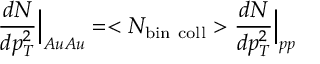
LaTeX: { \frac { d N } { d p _ { T } ^ { 2 } } } \Big | _ { A u A u } = < N _ { \mathrm { b i n ~ c o l l } } > { \frac { d N } { d p _ { T } ^ { 2 } } } \Big | _ { p p }